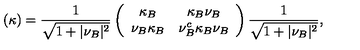
( \kappa ) = { \frac { 1 } { \sqrt { 1 + \vert \nu _ { B } \vert ^ { 2 } } } } \left( \begin{array} { c c } { \kappa _ { B } } & { \kappa _ { B } \nu _ { B } } \\ { \nu _ { B } \kappa _ { B } } & { \nu _ { B } ^ { c } \kappa _ { B } \nu _ { B } } \\ \end{array} \right) { \frac { 1 } { \sqrt { 1 + \vert \nu _ { B } \vert ^ { 2 } } } } ,